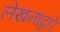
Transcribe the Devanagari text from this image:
लेखनाद्वारे